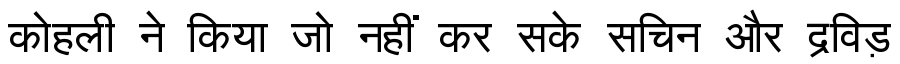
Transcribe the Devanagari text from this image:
कोहली ने किया जो नहीं कर सके सचिन और द्रविड़